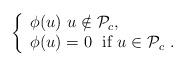
LaTeX: \begin{align*} \left\{\begin{array}{l} \phi(u) \ u \notin \mathcal{P}_c, \\ \phi(u)=0 \ \mbox{ if} \ u\in {\mathcal P}_c \ . \end{array}\right.\end{align*}